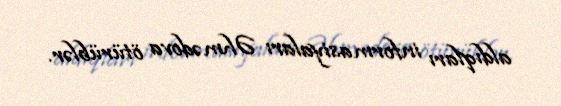
aldıqları informasiyaları Əhmədova ötürüblər.